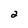
Character: 2